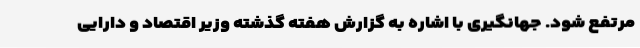
مرتفع شود. جهانگیری با اشاره به گزارش هفته گذشته وزیر اقتصاد و دارایی